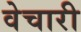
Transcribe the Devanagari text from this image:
वेचारी